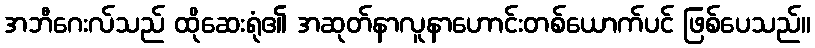
အဘီဂေးလ်သည် ထိုဆေးရုံ၏ အဆုတ်နာလူနာဟောင်းတစ်ယောက်ပင် ဖြစ်ပေသည်။